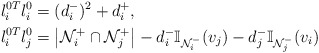
\begin{align*} l_i^{0T} l_i^0 &= (d_i^-)^2 + d_i^+, \\ l_i^{0T} l_j^0 &= \big|\mathcal{N}_i^+ \cap \mathcal{N}_j^+\big| - d_i^- \mathbb{I}_{\mathcal{N}_i^-}(v_j) - d_j^- \mathbb{I}_{\mathcal{N}_j^-}(v_i) \end{align*}